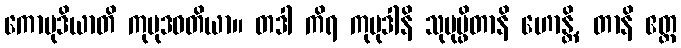
ကောမုဒိယာတိ ကုမုဒဝတိယာ။ တဒါ ကိရ ကုမုဒါနိ သုပုပ္ဖိတာနိ ဟောန္တိ, တာနိ ဧတ္ထ